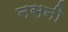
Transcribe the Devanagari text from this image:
नसनी